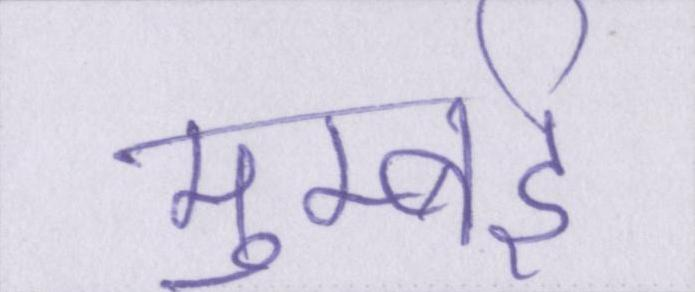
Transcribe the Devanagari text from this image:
मुम्बई